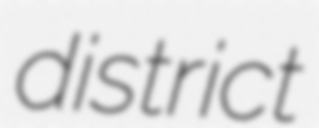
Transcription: district